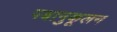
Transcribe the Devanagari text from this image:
पश्चानुकूलन